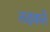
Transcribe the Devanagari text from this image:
तड़कते